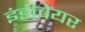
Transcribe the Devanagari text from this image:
इंडीवेयर